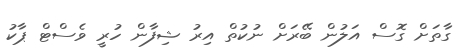
ގާތަށް ގޮސް އަލުން ބޭރަށް ނުކުތް އިރު ޝިފާން ހުރީ ވެސްޓް ޕާކު